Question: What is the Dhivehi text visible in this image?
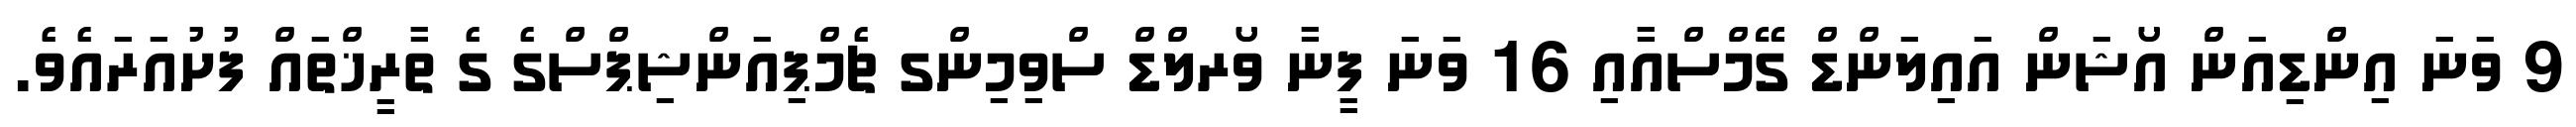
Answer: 9 ވަނަ އިންޑިއަން އޯޝަން އައިލަންޑް ގޭމްސްއާއި 16 ވަނަ ފީނާ ވޯރލްޑް ސްވިމިންގ ޗެމްޕިއަންޝިޕްސްގެ ގެ ތާރީޚްތައް ފުށުއަރައެވެ.